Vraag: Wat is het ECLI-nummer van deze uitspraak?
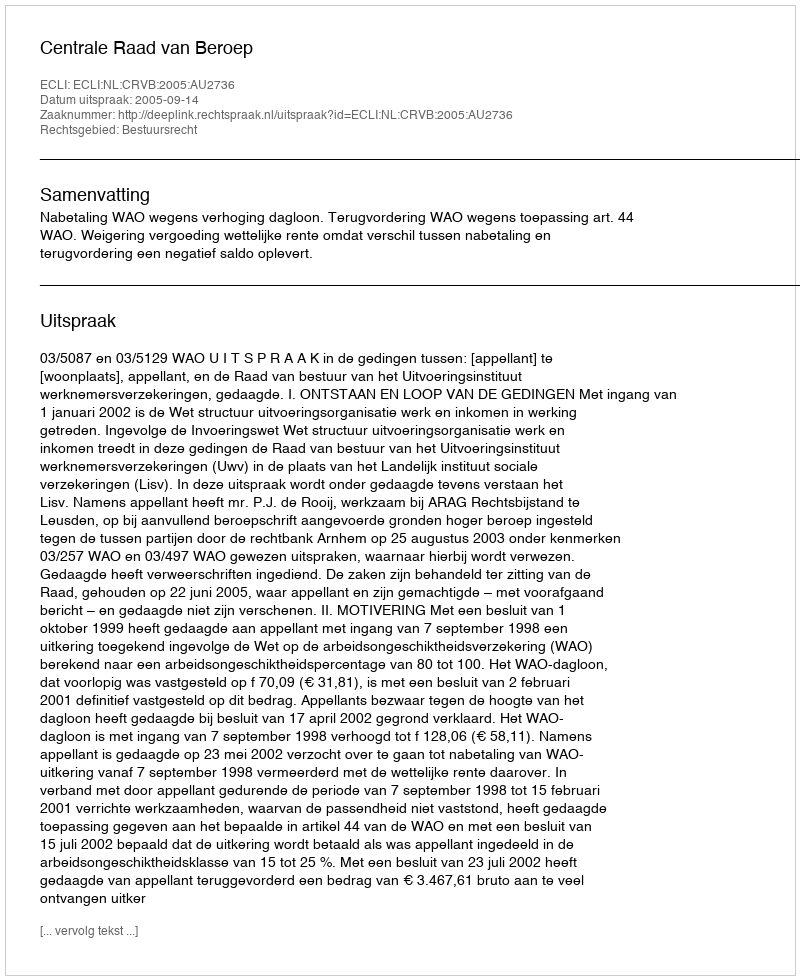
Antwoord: ECLI:NL:CRVB:2005:AU2736